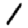
Digit: 1